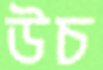
উচ